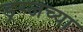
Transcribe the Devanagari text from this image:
ड्रग्जच्या